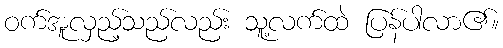
ဝက်အူလှည့်သည်လည်း သူ့လက်ထဲ ပြန်ပါလာ၏။